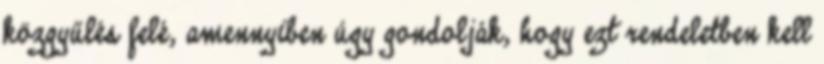
közgyűlés felé, amennyiben úgy gondolják, hogy ezt rendeletben kell